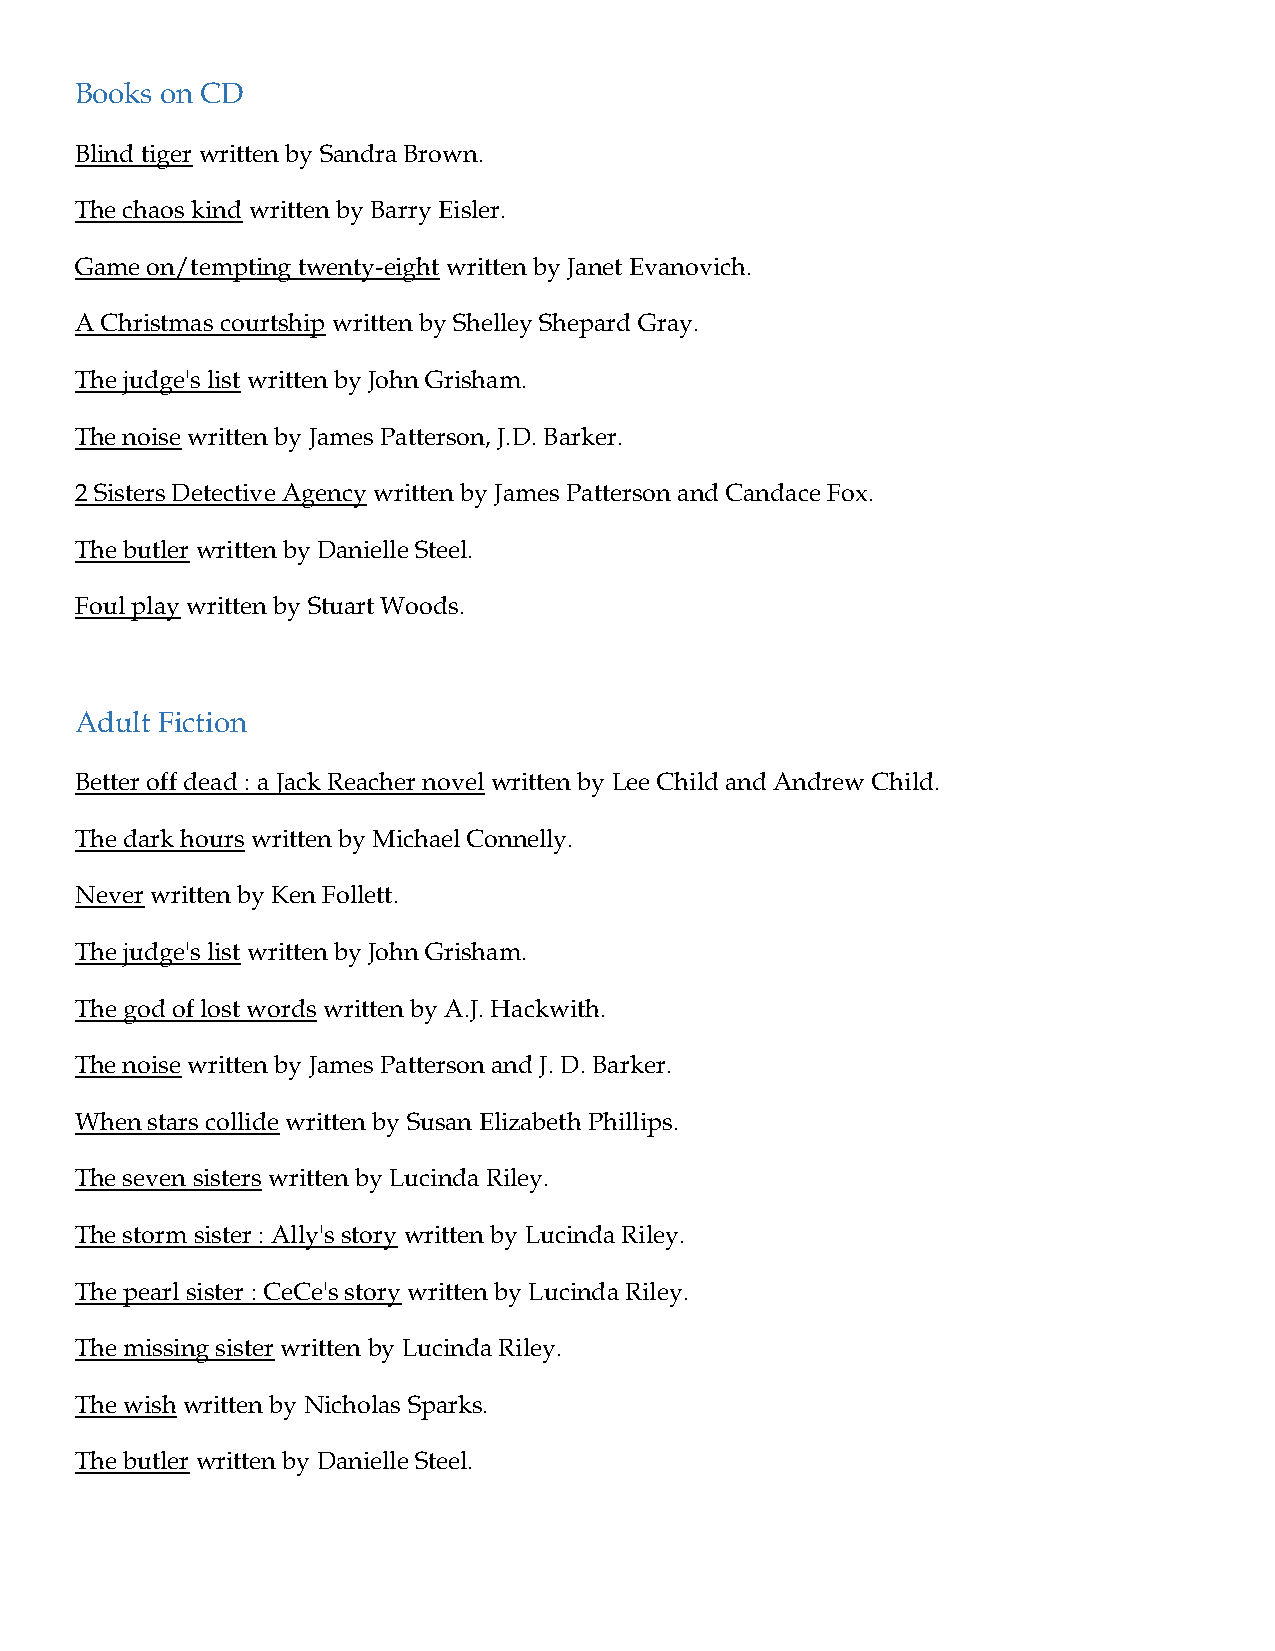
Books on CD
 Blind tiger written by Sandra Brown.
 The chaos kind written by Barry Eisler.
 Game on/tempting twenty-eight written by Janet Evanovich.
 A Christmas courtship written by Shelley Shepard Gray.
 The judge's list written by John Grisham.
 The noise written by James Patterson, J.D. Barker.
 2 Sisters Detective Agency written by James Patterson and Candace Fox.
 The butler written by Danielle Steel.
 Foul play written by Stuart Woods.
 Adult Fiction
 Better off dead : a Jack Reacher novel written by Lee Child and Andrew Child.
 The dark hours written by Michael Connelly.
 Never written by Ken Follett.
 The judge's list written by John Grisham.
 The god of lost words written by A.J. Hackwith.
 The noise written by James Patterson and J. D. Barker.
 When stars collide written by Susan Elizabeth Phillips.
 The seven sisters written by Lucinda Riley.
 The storm sister : Ally's story written by Lucinda Riley.
 The pearl sister : CeCe's story written by Lucinda Riley.
 The missing sister written by Lucinda Riley.
 The wish written by Nicholas Sparks.
 The butler written by Danielle Steel.